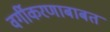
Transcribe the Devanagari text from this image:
वर्गीकरणाबाबत